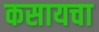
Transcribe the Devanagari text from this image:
कसायचा